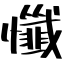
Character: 懺